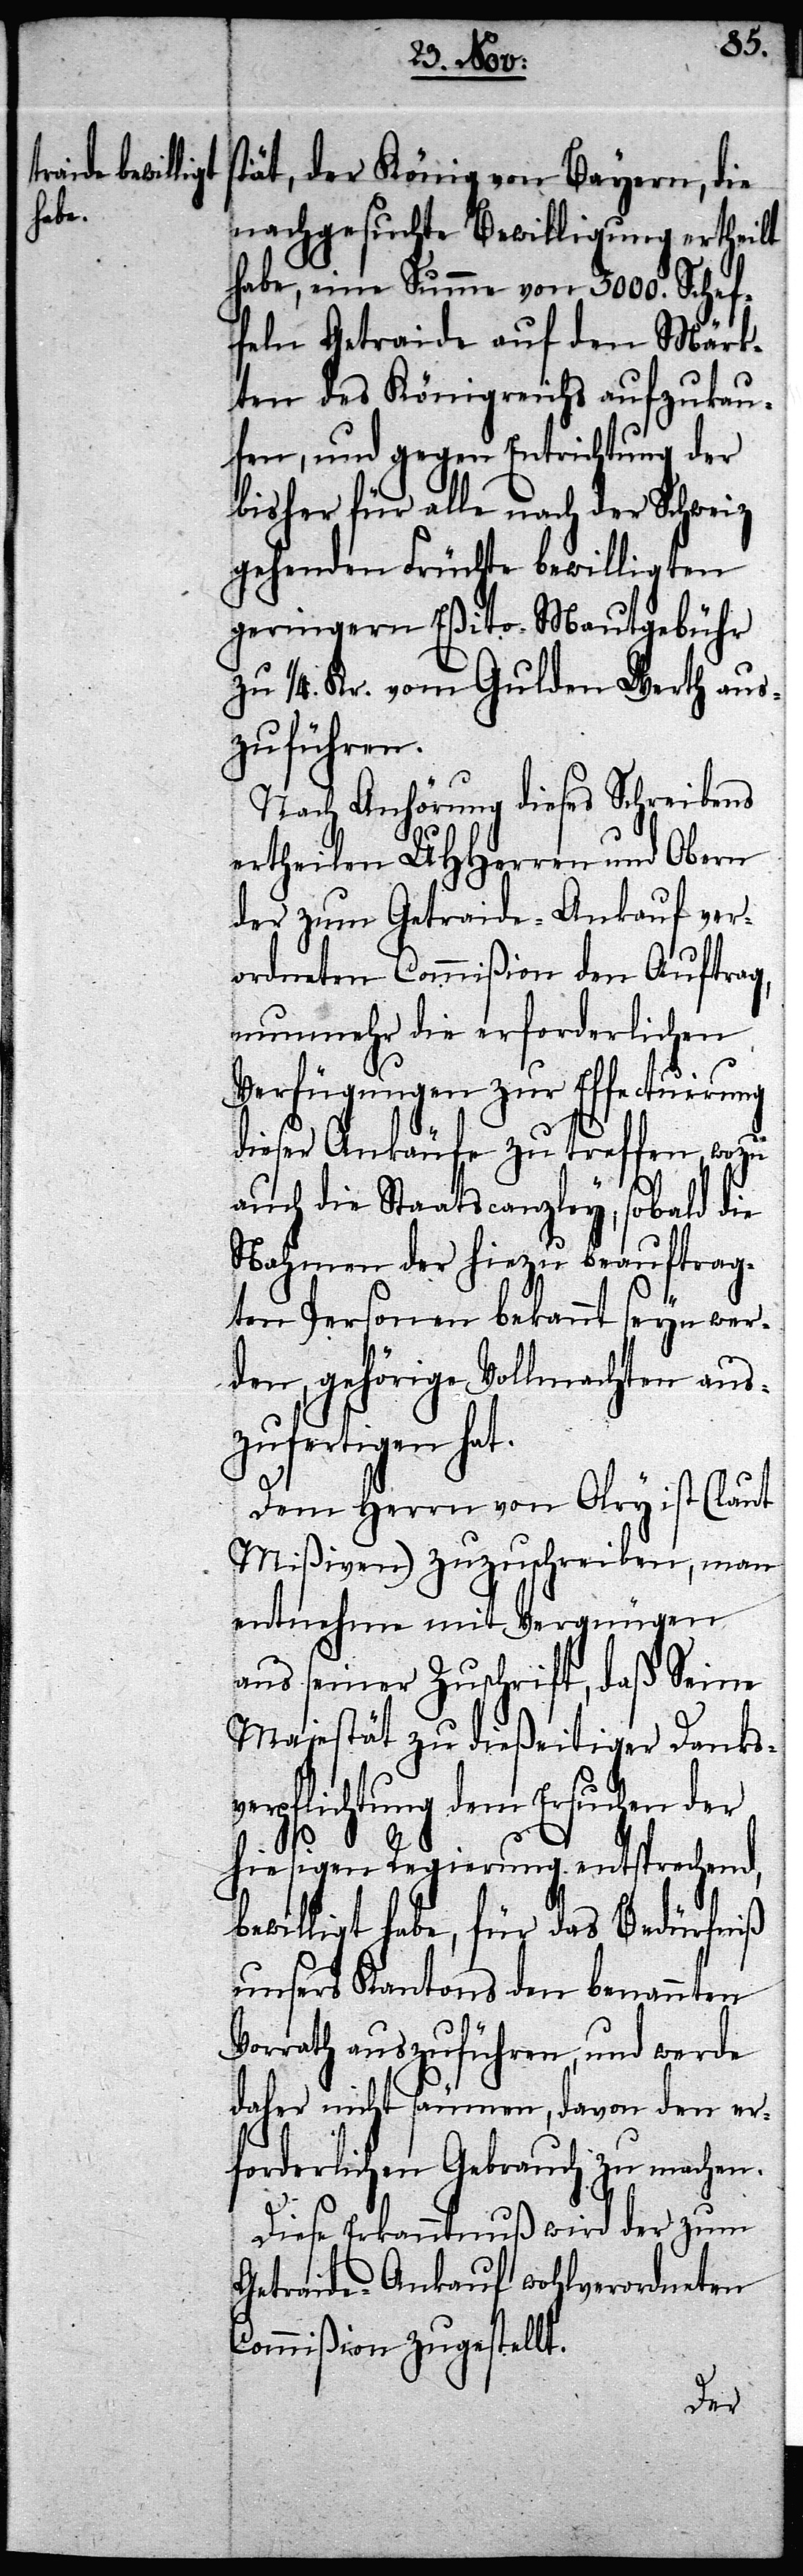
stät, der König von Bayern, die
nachgesuchte Bewilligung ertheilt
habe, eine Summe von 3000. Schef¬
feln Getraide auf den Märk¬
ten des Königreichs aufzukau¬
fen, und gegen Entrichtung der
bisher für alle nach der Schweiz
gehenden Früchte bewilligten
geringern Eßito-Mautgebühr
zu 1/4. Kr. vom Gulden Wert aus¬
zuführen.
Nach Anhörung dieses Schreibens
ertheilen UHHerren und Obern
der zum Getraide-Ankauf ver¬
ordneten Commißion den Auftrag,
nunmehr die erforderlichen
Verfügungen zur Effectuirung
dieser Ankäufe zu treffen, wozu
auch die Staatscanzley, sobald die
Nahmen der hiezu beauftrag¬
ten Personen bekannt seyn wer¬
den, gehörige Vollmachten aus¬
zufertigen hat.
Dem Herrn von Olry ist (laut
Mißiven) zuzuschreiben, man
entnehme mit Vergnügen
aus seiner Zuschrift, daß Seine
Majestät zu dießeitiger Danksv¬
erpflichtung dem Ersuchen der
hiesigen Regierung entsprechend,
bewilligt habe, für das Bedürfniß
unsers Kantons den benannten
Vorrath auszuführen, und werde
daher nicht säumen, davon den er¬
forderlichen Gebrauch zu machen.
Diese Erkanntnuß wird der zum
Getraide-Ankauf wohlverordneten
Commißion zugestellt.